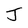
Character: J